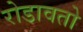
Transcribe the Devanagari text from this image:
रोडावतो